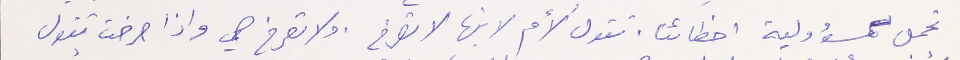
تحمل مسؤولية اخطائنا. تقول الأم لابنها لا تصرخ، ولا تصرخ هي واذا صرخت تقول